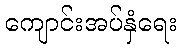
ကျောင်းအပ်နှံရေး